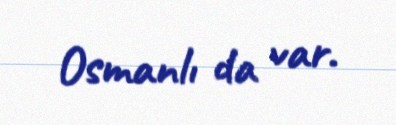
Osmanlı da var.